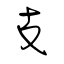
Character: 支